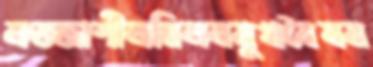
লজ্জাশীলমিলনমুখবৈষম